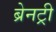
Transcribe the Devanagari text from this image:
ब्रेनट्री